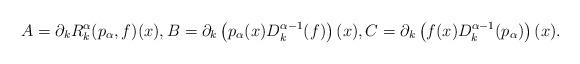
LaTeX: \begin{align*}A = \partial_k R_k^\alpha(p_\alpha,f)(x), B = \partial_k \left(p_\alpha(x) D_k^{\alpha-1}(f)\right)(x), C = \partial_k \left(f(x) D_k^{\alpha-1}(p_\alpha)\right)(x).\end{align*}